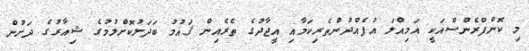
މި ކޮންފްރެންސްއަކީ އަމިއްލަ އުފެއްދުންތެރިކަމާއި އީޖާދުގެ ތެރެއިން ޤައުމު ބަދަލުކޮށްލުމުގެ ޝިއާރުގެ ދަށުން